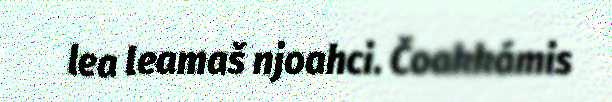
lea leamaš njoahci. Čoakkámis